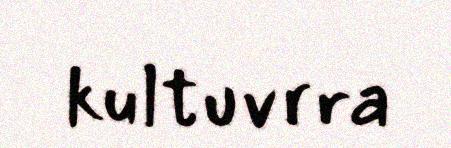
kultuvrra